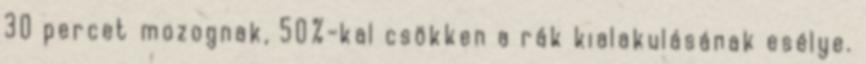
30 percet mozognak, 50%-kal csökken a rák kialakulásának esélye.